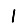
Digit: 1